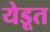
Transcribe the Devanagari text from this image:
येडूत